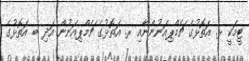
ޓީމަކީ ޅ. އަތޮޅުގެ ޗެމްޕިއަނުންނާއި ރ. އަތޮޅުގެ ޗެމްޕިއަނުން އަދި ބ. އަތޮޅުގެ